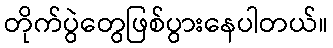
တိုက်ပွဲတွေဖြစ်ပွားနေပါတယ်။